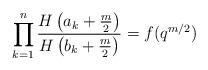
LaTeX: \begin{align*}\prod_{k=1}^n\frac{H\left(a_k+\frac m2\right)}{H\left(b_k+\frac m2\right)}=f(q^{m/2}) \end{align*}